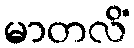
မာတလိံ